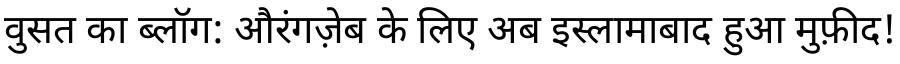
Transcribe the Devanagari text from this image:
वुसत का ब्लॉग: औरंगज़ेब के लिए अब इस्लामाबाद हुआ मुफ़ीद!